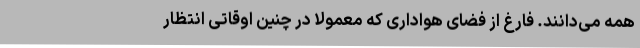
همه می‌دانند. فارغ از فضای هواداری که معمولاً در چنین اوقاتی انتظار